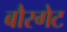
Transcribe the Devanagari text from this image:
बौरगेट